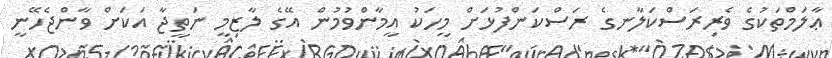
ޢާލަމްތަކުގެ ވެރިރަސްކަލާނގެ ރަސްކަންފުޅަށް މީހަކު އީމާންވުމުން އޭގެ ލާޒިމީ ނަތީޖާ އަކަށް ވާންޖެހޭނީ